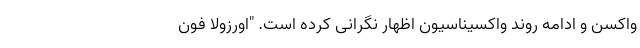
واکسن و ادامه روند واکسیناسیون اظهار نگرانی کرده است. "اورزولا فون